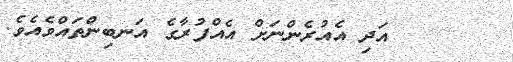
٥٢      އަދި އެއުރެންނަށް އެއްފުރާގެ އަނބިންތައްވެއެވެ.